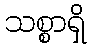
သစ္စာရှိ